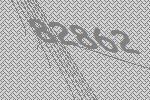
82862